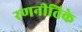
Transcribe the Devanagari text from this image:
रणनीतिके